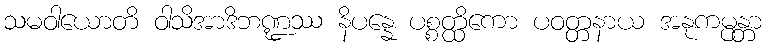
သမဝါယောတိ ဝါသိအာဒိဘဏ္ဍဿ နိပန္နေ ပစ္စတ္ထိကော ပဝတ္တနာယ အနုကမ္ပန္တာ